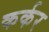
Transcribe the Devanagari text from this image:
कर्कर